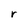
Character: r